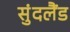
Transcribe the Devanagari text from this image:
सुंदलैंड